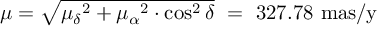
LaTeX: \begin{array} { l } { \mu = { \sqrt { { \mu _ { \delta } } ^ { 2 } + { \mu _ { \alpha } } ^ { 2 } \cdot \cos ^ { 2 } \delta } } \ = \ 3 2 7 . 7 8 \ { \mathrm { m a s / y } } } \end{array}